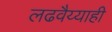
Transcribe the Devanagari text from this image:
लढवैय्याही